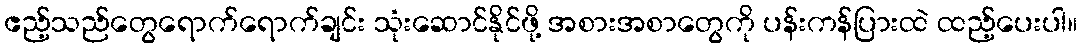
ဧည့်သည်တွေရောက်ရောက်ချင်း သုံးဆောင်နိုင်ဖို့ အစားအစာတွေကို ပန်းကန်ပြားထဲ ထည့်ပေးပါ။